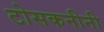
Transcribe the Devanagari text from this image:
टोसकनीनी